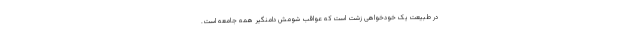
در طبیعت یک خودخواهی زشت است که عواقب شومش دامنگیر همه جامعه است.